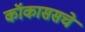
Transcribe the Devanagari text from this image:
कॉकाससचे